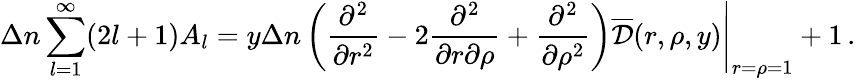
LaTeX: \Delta n\sum_{l=1}^{\infty}(2l+1)A_{l}=\left.y\Delta n\left(\frac{\partial^{2}}{\partial r^{2}}-2\frac{\partial^{2}}{\partial r\partial\rho}+\frac{\partial^{2}}{\partial\rho^{2}}\right)\overline{{{\cal D}}}(r,\rho,y)\right|_{r=\rho=1}+1\, {.}